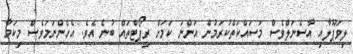
ލިވަޕޫލާއި އާސެނަލްވެސް މަސައްކަތްކުރަމުން އަންނަ ކަމަށް ރިޕޯޓްތައް ބުނެ އެވެ. އެހެންނަމަވެސް މިކަމާ